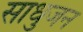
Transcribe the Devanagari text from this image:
साधुजन